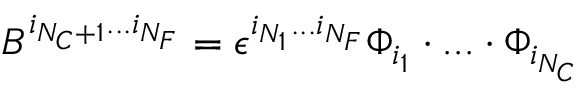
B ^ { i _ { N _ { C } + 1 } . . . i _ { N _ { F } } } = \epsilon ^ { i _ { N _ { 1 } } . . . i _ { N _ { F } } } \Phi _ { i _ { 1 } } \cdot . . . \cdot \Phi _ { i _ { N _ { C } } }